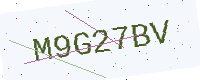
Text: M9G27BV